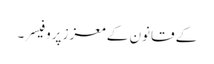
کے قانون کے معزز پروفیسر۔